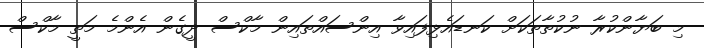
މި ބަޔާންކުރާ ނުކުތާތަކަށް ކަނޑައެޅިފައިވާ އިންސައްތައިން މާކްސް ދީގެން އެންމެ މަތީ މާކްސް